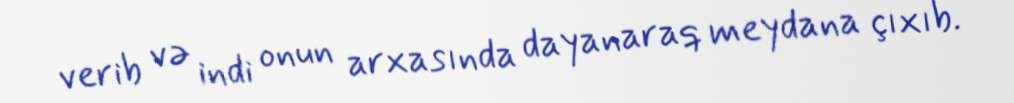
verib və indi onun arxasında dayanaraq meydana çıxıb.